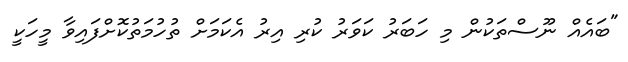
"ބައެއް ނޫސްތަކުން މި ހަބަރު ކަވަރު ކުރި އިރު އެކަމަށް ތުހުމަތުކޮށްފައިވާ މީހަކީ